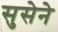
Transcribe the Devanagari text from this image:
सुसेने